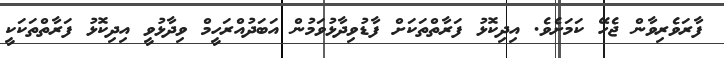
ފާރަވެރިވާން ޖެހޭ ކަމަށެވެ. އިދިކޮޅު ފަރާތްތަކަަށް ފާޑުވިދާޅުވަމުން އަބަދުއްރަހީމް ވިދާޅުވީ އިދިކޮޅު ފަރާތްތަކަކީ